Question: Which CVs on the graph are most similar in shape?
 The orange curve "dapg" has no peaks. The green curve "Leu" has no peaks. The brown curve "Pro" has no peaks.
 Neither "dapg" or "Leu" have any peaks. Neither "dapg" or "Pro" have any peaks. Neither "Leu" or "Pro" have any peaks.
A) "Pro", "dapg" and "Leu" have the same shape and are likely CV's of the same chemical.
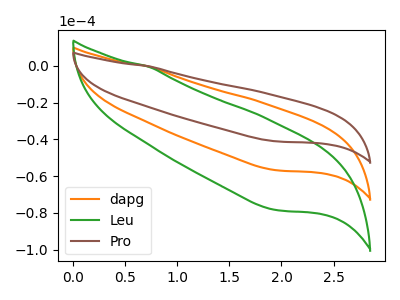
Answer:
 <answer>A) "Pro", "dapg" and "Leu" have the same shape and are likely CV's of the same chemical.</answer>
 <eval>A</eval>